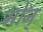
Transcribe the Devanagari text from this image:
भोन्